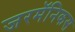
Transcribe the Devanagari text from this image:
जरमॅनिकस